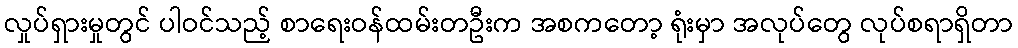
လှုပ်ရှားမှုတွင် ပါဝင်သည့် စာရေးဝန်ထမ်းတဦးက အစကတော့ ရုံးမှာ အလုပ်တွေ လုပ်စရာရှိတာ